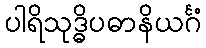
ပါရိသုဒ္ဓိပဓာနိယင်္ဂံ